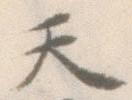
天